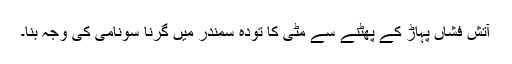
آتش فشاں پہاڑ کے پھٹنے سے مٹی کا تودہ سمندر میں گرنا سونامی کی وجہ بنا۔